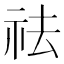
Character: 祛